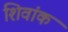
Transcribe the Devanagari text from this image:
शिवांक